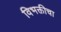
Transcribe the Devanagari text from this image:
विभक्तीचा